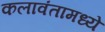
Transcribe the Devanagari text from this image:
कलावंतामध्ये